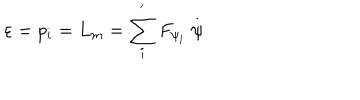
\varepsilon = p _ { i } = L _ { m } = \sum _ { i } ^ { ^ { \prime } } F _ { \psi _ { i } } \stackrel { . } { \psi }